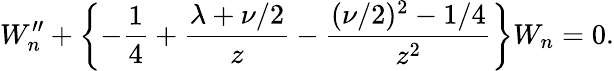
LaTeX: W_{n}^{\prime\prime}+\left\{ {-{\frac{1}{4}}+{\frac{\lambda+\nu/2}{z}}-{\frac{(\nu/2)^{2}-1/4}{z^{2}}}}\right\} W_{n}=0.